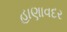
હાણાવદર